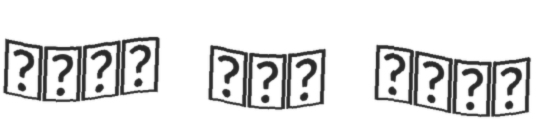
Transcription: حمزة علي خالد